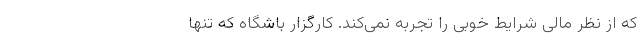
که از نظر مالی شرایط خوبی را تجربه نمی‌کند. کارگزار باشگاه که تنها